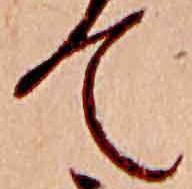
て